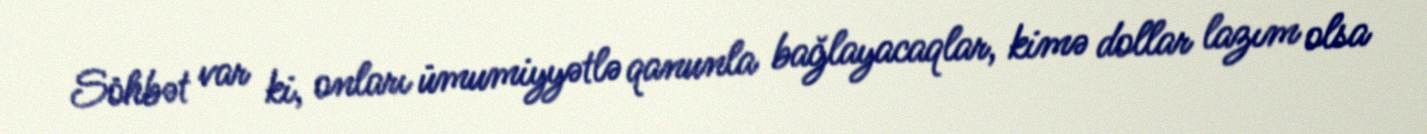
Söhbət var ki, onları ümumiyyətlə qanunla bağlayacaqlar, kimə dollar lazım olsa